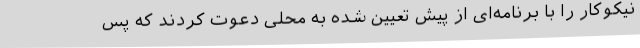
نیکوکار را با برنامه‌ای از پیش تعیین شده به محلی دعوت کردند که پس